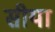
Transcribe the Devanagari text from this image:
सीया